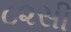
૮૨સી